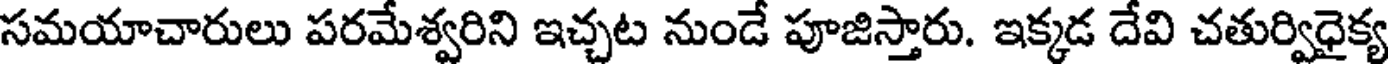
సమయాచారులు పరమేశ్వరిని ఇచ్చట నుండే పూజిస్తారు. ఇక్కడ దేవి చతుర్విధైక్య